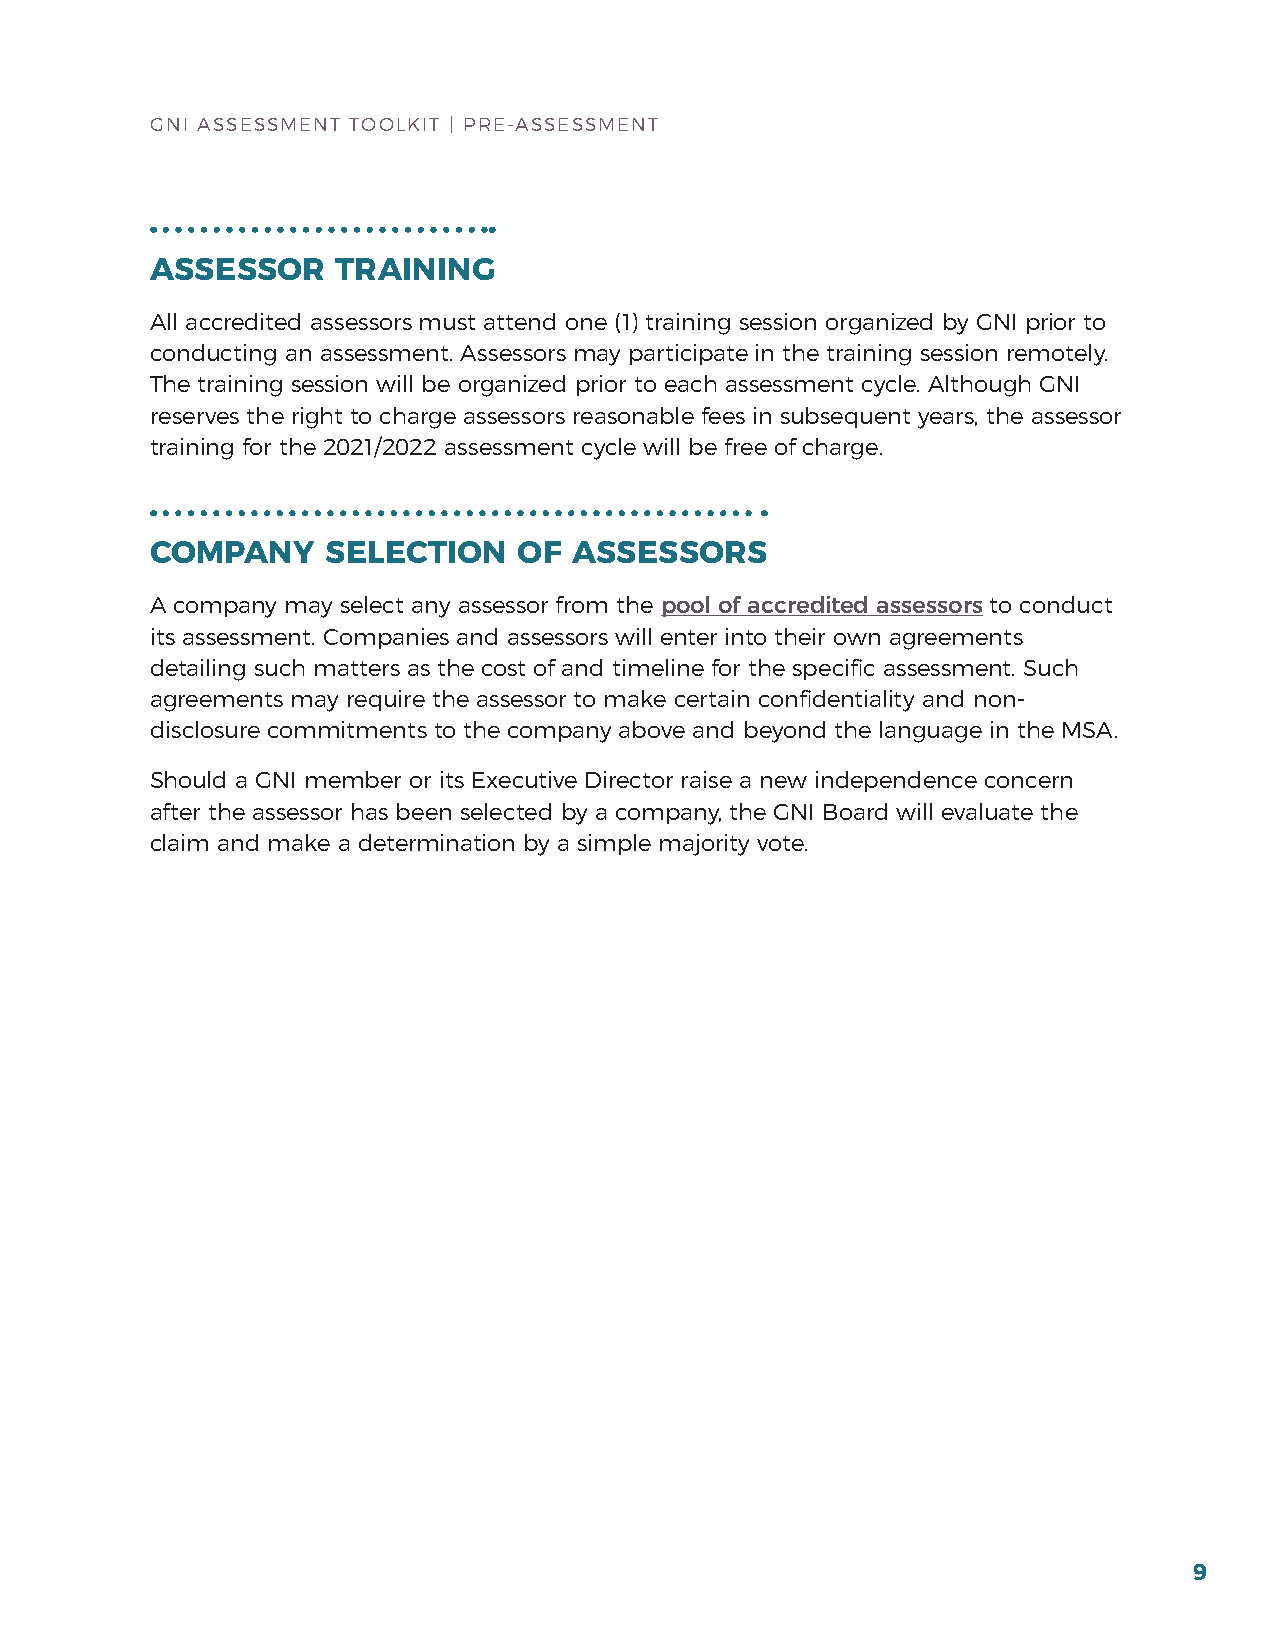
GNI ASSESSMENT TOOLKIT | PrE-ASSESSMENT
 ASSESSOR    TRAINING
 All accredited assessors must attend one (1) training session organized by GNI prior to
 conducting an assessment. Assessors may participate in the training session remotely.
 The training session will be organized prior to each assessment cycle. Although GNI
 reserves the right to charge assessors reasonable fees in subsequent years, the assessor
 training for the 2021/2022 assessment cycle will be free of charge.
 COMPANY     SELECTION   OF  ASSESSORS
 A company may select any assessor from the pool of accredited assessors to conduct
 its assessment. Companies and assessors will enter into their own agreements
 detailing such matters as the cost of and timeline for the specific assessment. Such
 agreements may require the assessor to make certain confidentiality and non-
 disclosure commitments to the company above and beyond the language in the MSA.
 Should a GNI member or its Executive Director raise a new independence concern
 after the assessor has been selected by a company, the GNI board will evaluate the
 claim and make a determination by a simple majority vote.
 9